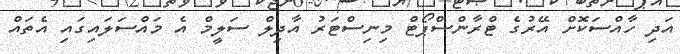
އަދި ހާއްސަކޮށް އޭރުގެ ޓްރާންސްޕޯޓް މިނިސްޓަރު އާދިލް ސަލީމް އެ މައްސަލައިގައި އެތައް